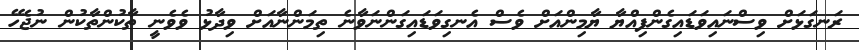
ރަނގަޅަށް ވިސްނައިވަޑައިގެންފިއްޔާ ޔާމިންއަށް ވެސް އެނގިވަޑައިގަންނަވާނެ ތިމަންނާއަށް ވިދާޅު ވެވެނީ ތާކުންތާކުން ނުޖެހޭ